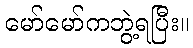
မော်မော်ကဘွဲ့ရပြီး။